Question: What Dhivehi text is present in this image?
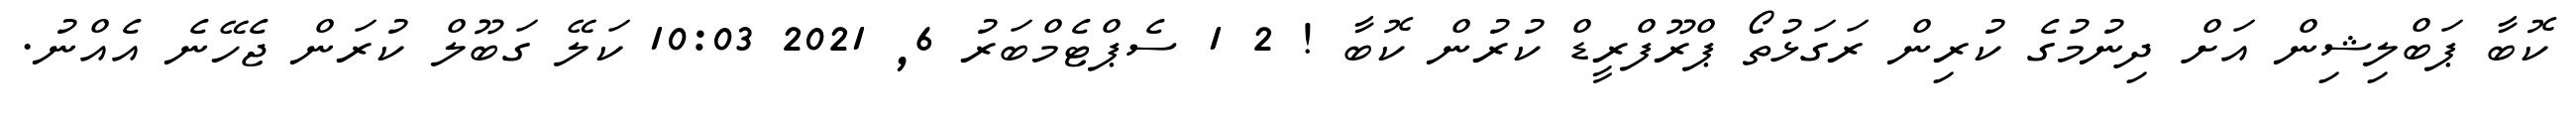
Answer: ކޮބާ ޕަބްލިޝިން އަށް ދިނުމުގެ ކުރިން ރަގަޅުތޯ ޕްރޫފްރީޑް ކުރުން ކޮބާ ! 2 1 ސެޕްޓެމްބަރު 6, 2021 10:03 ކަލޭ ގަބޫލް ކުރަން ޖެހޭނެ އެއްނު.